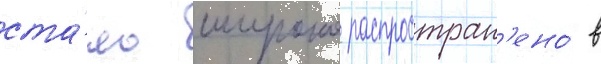
ста́ло широко распростран'ено́ в